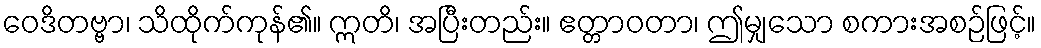
ဝေဒိတဗ္ဗာ၊ သိထိုက်ကုန်၏။ ဣတိ၊ အပြီးတည်း။ ဧတ္တာဝတာ၊ ဤမျှသော စကားအစဉ်ဖြင့်။